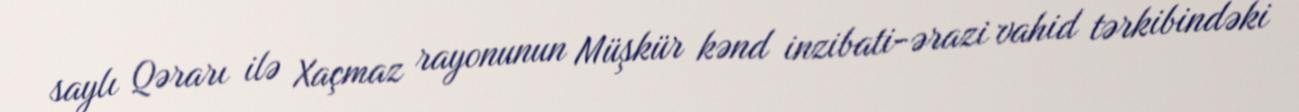
saylı Qərarı ilə Xaçmaz rayonunun Müşkür kənd inzibati-ərazi vahid tərkibindəki